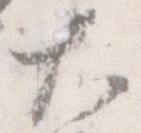
大